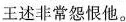
王述非常怨恨他。